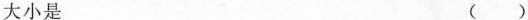
大小是 ()